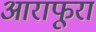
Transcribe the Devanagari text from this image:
आराफूरा